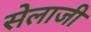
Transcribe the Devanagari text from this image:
सेलाजी